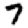
Digit: 7